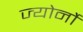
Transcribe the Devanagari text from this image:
ज्योर्नो